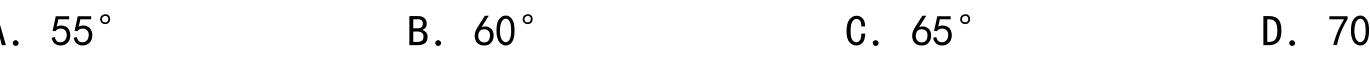
A. \(55^{\circ}\)  B. \(60^{\circ}\)  C. \(65^{\circ}\)  D. \(70\)